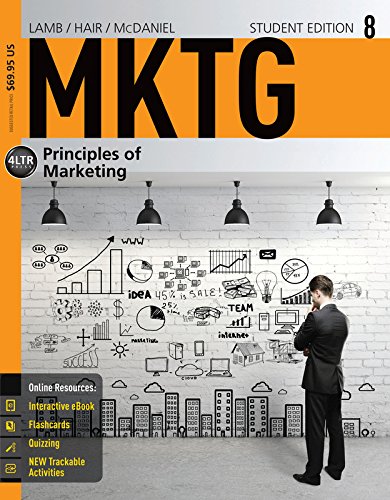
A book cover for MKTG 8 (with CourseMate Printed Access Card) (New, Engaging Titles from 4LTR Press); Charles W. Lamb; Business & Money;